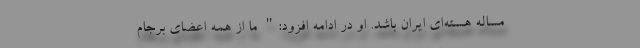
مساله هسته‌ای ایران باشد. او در ادامه افزود:" ما از همه اعضای برجام